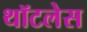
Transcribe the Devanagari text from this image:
थॉटलेस